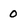
Character: 0